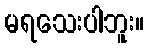
မရသေးပါဘူး။